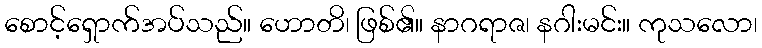
စောင့်ရှောက်အပ်သည်။ ဟောတိ၊ ဖြစ်၏။ နာဂရာဇ၊ နဂါးမင်း။ ကုသလော၊